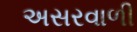
અસરવાળી